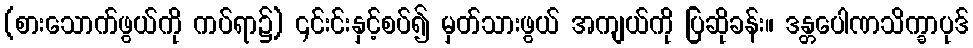
(စားသောက်ဖွယ်ကို ကပ်ရာ၌) ၎င်းင်းနှင့်စပ်၍ မှတ်သားဖွယ် အကျယ်ကို ပြဆိုခန်း။ ဒန္တပေါဏသိက္ခာပုဒ်